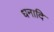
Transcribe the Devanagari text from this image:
धनादि